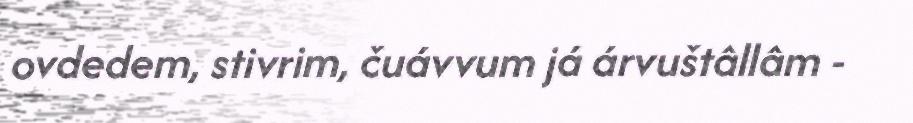
ovdedem, stivrim, čuávvum já árvuštâllâm -